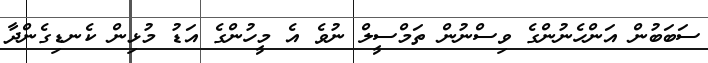
ސަބަބުން އަންހެނުންގެ ވިސްނުން ތަމްސީލް ނުވެ އެ މީހުންގެ އަޑު މުޅިން ކެނޑިގެންދާ